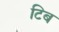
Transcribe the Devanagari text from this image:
टिब